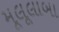
મૂલૂલાબા